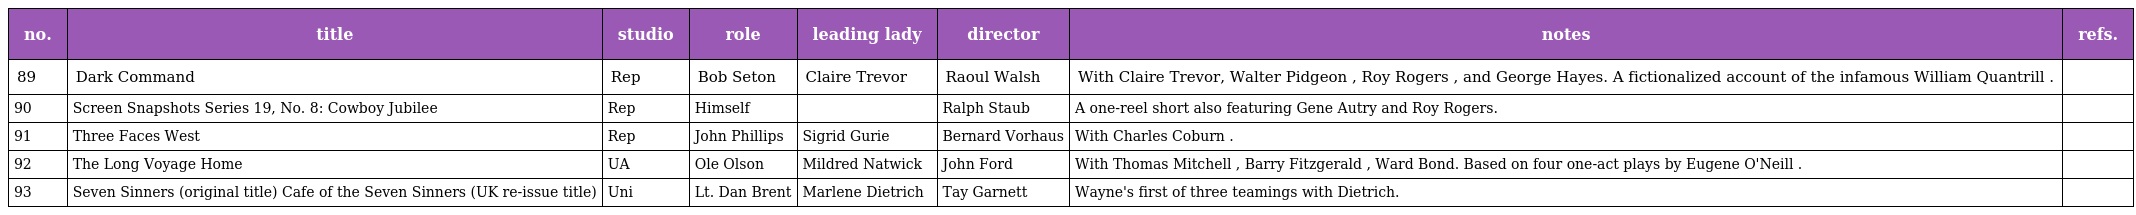
| no. | title | studio | role | leading lady | director | notes | refs. |
 | --- | --- | --- | --- | --- | --- | --- | --- |
 | 89 | Dark Command | Rep | Bob Seton | Claire Trevor | Raoul Walsh | With Claire Trevor, Walter Pidgeon , Roy Rogers , and George Hayes. A fictionalized account of the infamous William Quantrill . |  |
 | 90 | Screen Snapshots Series 19, No. 8: Cowboy Jubilee | Rep | Himself |  | Ralph Staub | A one-reel short also featuring Gene Autry and Roy Rogers. |  |
 | 91 | Three Faces West | Rep | John Phillips | Sigrid Gurie | Bernard Vorhaus | With Charles Coburn . |  |
 | 92 | The Long Voyage Home | UA | Ole Olson | Mildred Natwick | John Ford | With Thomas Mitchell , Barry Fitzgerald , Ward Bond. Based on four one-act plays by Eugene O'Neill . |  |
 | 93 | Seven Sinners (original title) Cafe of the Seven Sinners (UK re-issue title) | Uni | Lt. Dan Brent | Marlene Dietrich | Tay Garnett | Wayne's first of three teamings with Dietrich. |  |